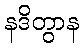
နဒိတွာန